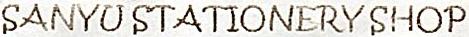
SANYU STATIONERY SHOP